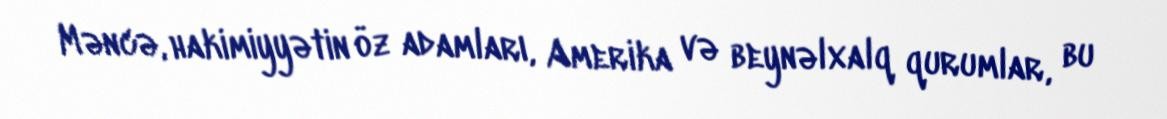
Məncə, hakimiyyətin öz adamları, Amerika və beynəlxalq qurumlar, bu